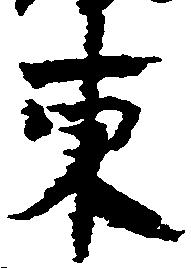
東